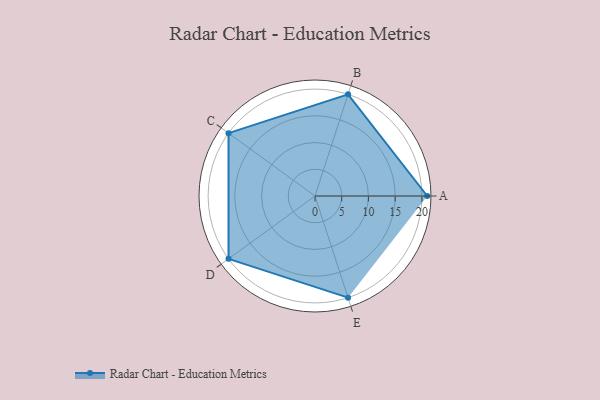
{"axis": {"x": "Skill", "y": "Score"}, "legend": ["Profile"], "data": [{"x": "A", "y": 21.0, "type": "Profile"}, {"x": "B", "y": 20, "type": "Profile"}, {"x": "C", "y": 20, "type": "Profile"}, {"x": "D", "y": 20, "type": "Profile"}, {"x": "E", "y": 20, "type": "Profile"}]}